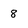
Character: 8